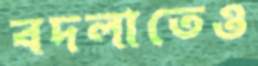
বদলাতেও